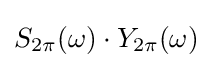
S_{2\pi }(\omega )\cdot Y_{2\pi }(\omega )\!